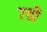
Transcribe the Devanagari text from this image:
७ची